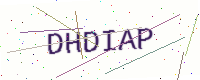
Text: DHDIAP